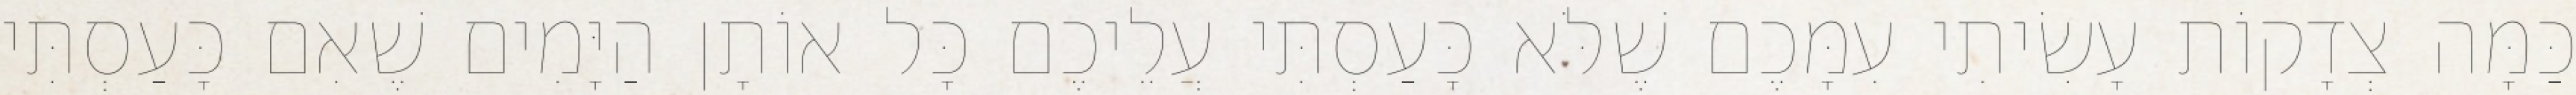
כַּמָּה צְדָקוֹת עָשִׂיתִי עִמָּכֶם שֶׁלֹּא כָּעַסְתִּי עֲלֵיכֶם כָּל אוֹתָן הַיָּמִים שֶׁאִם כָּעַסְתִּי